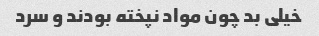
خیلی بد چون مواد نپخته بودند و سرد